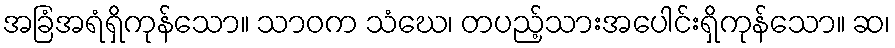
အခြံအရံရှိကုန်သော။ သာဝက သံဃေ၊ တပည့်သားအပေါင်းရှိကုန်သော။ ဆ၊